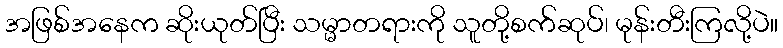
အဖြစ်အနေက ဆိုးယုတ်ပြီး သမ္မာတရားကို သူတို့စက်ဆုပ်၊ မုန်းတီးကြလို့ပဲ။